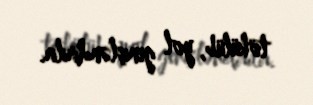
tökülüb, yol genişləndirilir.